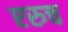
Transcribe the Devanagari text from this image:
एरुच